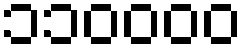
၁၁၀၀၀၀